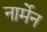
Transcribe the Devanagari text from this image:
नार्मेन